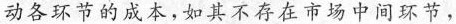
动各环节的成本，如其不存在市场中间环节，